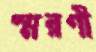
স্মরণী